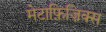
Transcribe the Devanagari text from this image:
मेटाफ़िज़िक्स